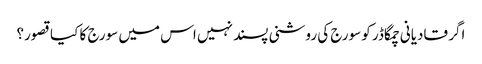
اگر قادیانی چمگاڈر کو سورج کی روشنی پسند نہیں اس میں سورج کا کیا قصور؟